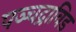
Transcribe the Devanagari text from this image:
पञ्चद्राविड